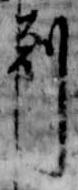
剋